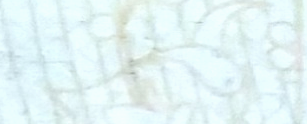
الكمية محدودة